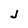
Character: J